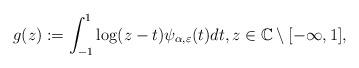
LaTeX: \begin{align*}g(z):=\int_{-1}^1 \log(z-t) \psi_{\alpha, \varepsilon}(t) dt,z\in \mathbb{C} \setminus [-\infty,1],\end{align*}